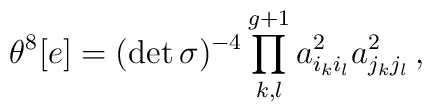
\theta^{8}[e]=(\det{\sigma})^{-4}\prod_{k,l}^{g+1} a_{i_{k}i_{l}}^{2}a_{j_{k}j_{l}}^{2}\,,